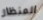
المنظار